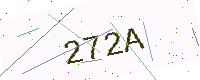
Text: 272A